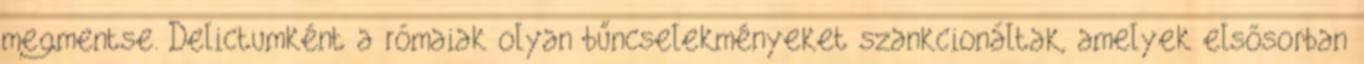
megmentse. Delictumként a rómaiak olyan bűncselekményeket szankcionáltak, amelyek elsősorban